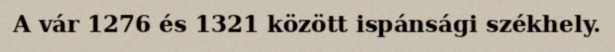
A vár 1276 és 1321 között ispánsági székhely.